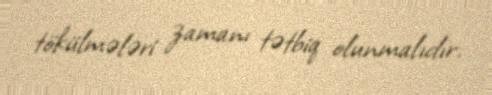
tökülmələri zamanı tətbiq olunmalıdır.